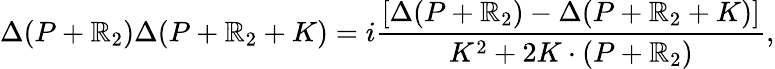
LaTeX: \Delta(P+\mathbb{R}_{2})\Delta(P+\mathbb{R}_{2}+K)=i\frac{{[\Delta(P+\mathbb{R}_{2})-\Delta(P+\mathbb{R}_{2}+K)]}}{{K^{2}+2K\cdot(P+\mathbb{R}_{2})}},